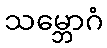
သမ္ဘောဂံ